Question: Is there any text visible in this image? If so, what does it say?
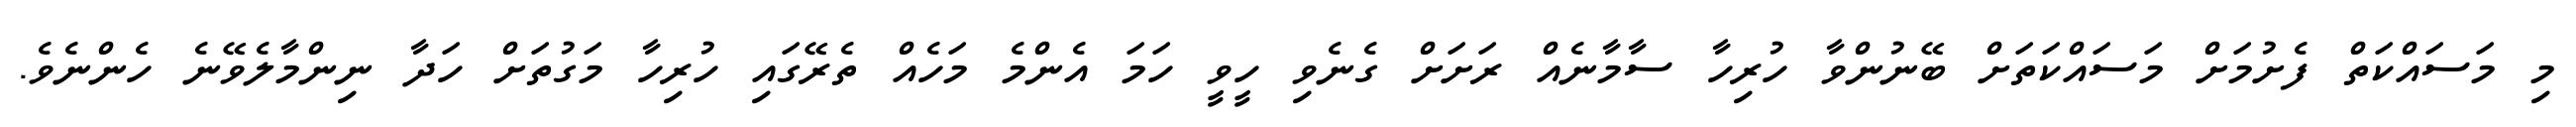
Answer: މި މަސައްކަތް ފެށުމަށް މަސައްކަތަށް ބޭނުންވާ ހުރިހާ ސާމާނެއް ރަށަށް ގެނެވި ހީވީ ހަމަ އެންމެ މަހެއް ތެރޭގައި ހުރިހާ މަގުތަށް ހަދާ ނިންމާލެވޭނެ ހެންނެވެ.